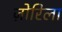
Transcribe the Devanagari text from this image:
ज़ोरिला